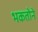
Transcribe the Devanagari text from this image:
भकतोने